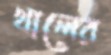
খালের